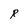
Character: R